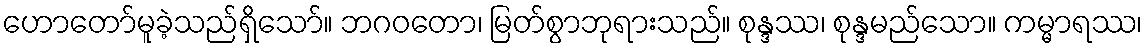
ဟောတော်မူခဲ့သည်ရှိသော်။ ဘဂဝတော၊ မြတ်စွာဘုရားသည်။ စုန္ဒဿ၊ စုန္ဒမည်သော။ ကမ္မာရဿ၊